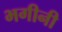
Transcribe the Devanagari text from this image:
भगीनी